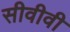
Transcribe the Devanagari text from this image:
सीवीवी